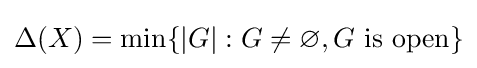
\Delta (X)=\min\{|G|:G\neq \varnothing ,G{\mbox{ is open}}\}